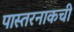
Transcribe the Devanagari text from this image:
पास्तरनाकची